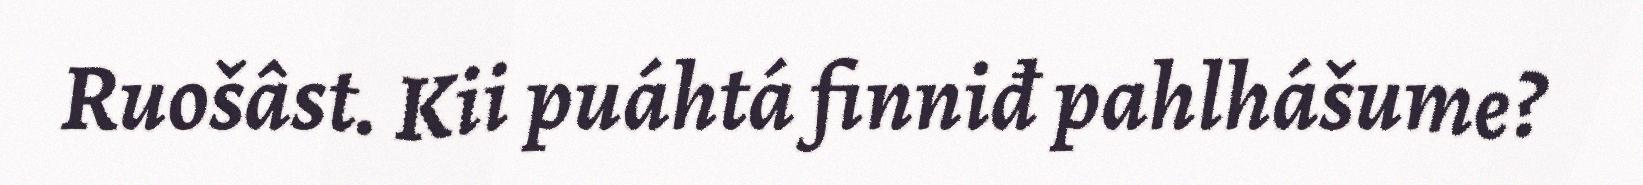
Ruošâst. Kii puáhtá finniđ pahlhášume?